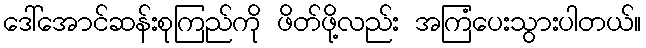
ဒေါ်အောင်ဆန်းစုကြည်ကို ဖိတ်ဖို့လည်း အကြံပေးသွားပါတယ်။